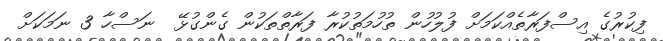
ފިކުރުގެ އިސްފަރާތެއްކަމަށް ފުލުހުން ތުހުމަތުކުރާ ފަރާތްތަކުން ގެންގުޅޭ  ނަސްހާ 3 ނަމަކަށް